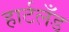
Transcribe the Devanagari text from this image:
हार्टलँड